Plague in India, 1896, 1897 - Volume 1
Year: 1896
Disease focus: Plague
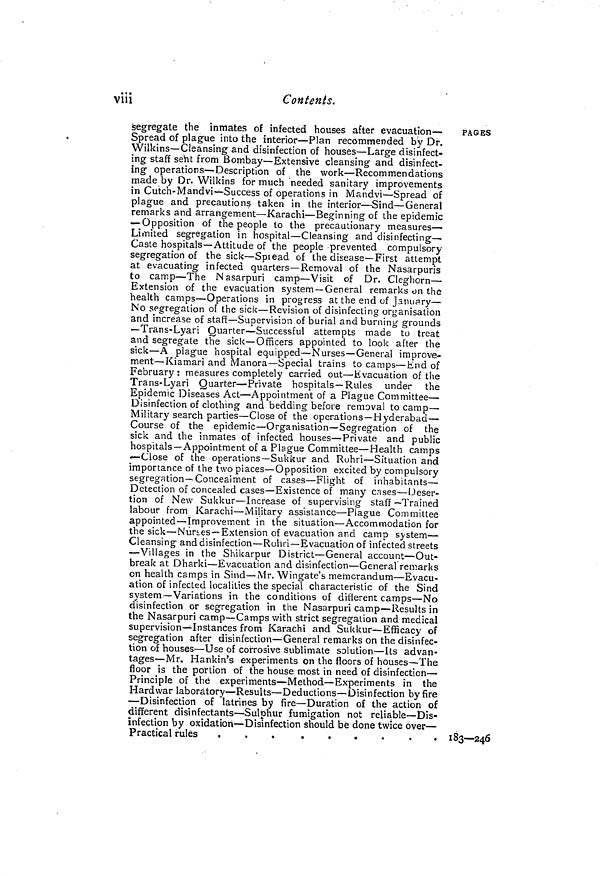
viii
Contents.
segregate the inmates of infected houses after evacuation—
Spread of plague into the interior—Plan recommended by Dr.
Wilkins—Cleansing and disinfection of houses—Large disinfect-
ing staff seht from Bombay—Extensive cleansing and disinfect-
ing operations—Description of the work—Recommendations
made by Dr. Wilkins for much needed sanitary improvements
in Cutch-Mandvi—Success of operations in Mandvi—Spread of
plague and precautions taken in the interior—Sind—General
remarks and arrangement—Karachi—Beginning of the epidemic
—Opposition of the people to the precautionary measures—
Limited segregation in hospital—Cleansing and disinfecting—
Caste hospitals—Attitude of the people prevented compulsory
segregation of the sick—Spread of the disease—First attempt
at evacuating infected quarters—Removal of the Nasarpuris
to camp—The Nasarpuri camp—Visit of Dr. Cleghorn—
Extension of the evacuation system—General remarks on the
health camps—Operations in progress at the end of January—
No segregation of the sick—Revision of disinfecting organisation
and increase of staff—Supervision of burial and burning grounds
—Trans-Lyari Quarter—Successful attempts made to treat
and segregate the sick—Officers appointed to look after the
sick—A plague hospital equipped—Nurses—General improve-
ment—Kiamari and Manora—Special trains to camps—End of
February : measures completely carried out—Evacuation of the
Trans-Lyari Quarter—Private hospitals—Rules under the
Epidemic Diseases Act—Appointment of a Plague Committee—
Disinfection of clothing and bedding before removal to camp—
Military search parties—Close of the operations—Hyderabad—
Course of the epidemic—Organisation—Segregation of the
sick and the inmates of infected houses—Private and public
hospitals—Appointment of a Plague Committee—Health camps
—Close of the operations—Sukkur and Rohri—Situation and
importance of the two places—Opposition excited by compulsory
segregation—Concealment of cases—Flight of inhabitants—
Detection of concealed cases—Existence of many cases—Deser-
tion of New Sukkur—Increase of supervising staff—Trained
labour from Karachi—Military assistance—Plague Committee
appointed—Improvement in the situation—Accommodation for
the sick—Nurses—Extension of evacuation and camp system—
Cleansing and disinfection—Rohri—Evacuation of infected streets
—Villages in the Shikarpur District—General account—Out-
break at Dharki—Evacuation and disinfection—General remarks
on health camps in Sind—Mr. Wingate's memorandum—Evacu-
ation of infected localities the special characteristic of the Sind
system—Variations in the conditions of different camps—No
disinfection or segregation in the Nasarpuri camp—Results in
the Nasarpuri camp—Camps with strict segregation and medical
supervision—Instances from Karachi and Sukkur—Efficacy of
segregation after disinfection—General remarks on the disinfec-
tion of houses—Use of corrosive sublimate solution—Its advan-
tages—Mr. Hankin's experiments on the floors of houses—The
floor is the portion of the house most in need of disinfection—
Principle of thé experiments—Method—Experiments in the
Hardwar laboratory—Results—Deductions—Disinfection by fire
—Disinfection of latrines by fire—Duration of the action of
different disinfectants—Sulphur fumigation not reliable—Dis-
infection by oxidation—Disinfection should be done twice over—
Practical rules
. . .
.
.
.
.
.
.
PAGES
183—246